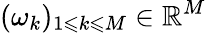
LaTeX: (\omega_{k})_{1\leqslant k\leqslant M}\in\mathbb{R}^{M}